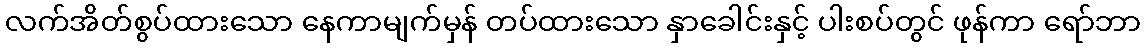
လက်အိတ်စွပ်ထားသော နေကာမျက်မှန် တပ်ထားသော နှာခေါင်းနှင့် ပါးစပ်တွင် ဖုန်ကာ ရော်ဘာ